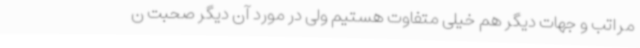
مراتب و جهات دیگر هم خیلی متفاوت هستیم ولی در مورد آن دیگر صحبت ن